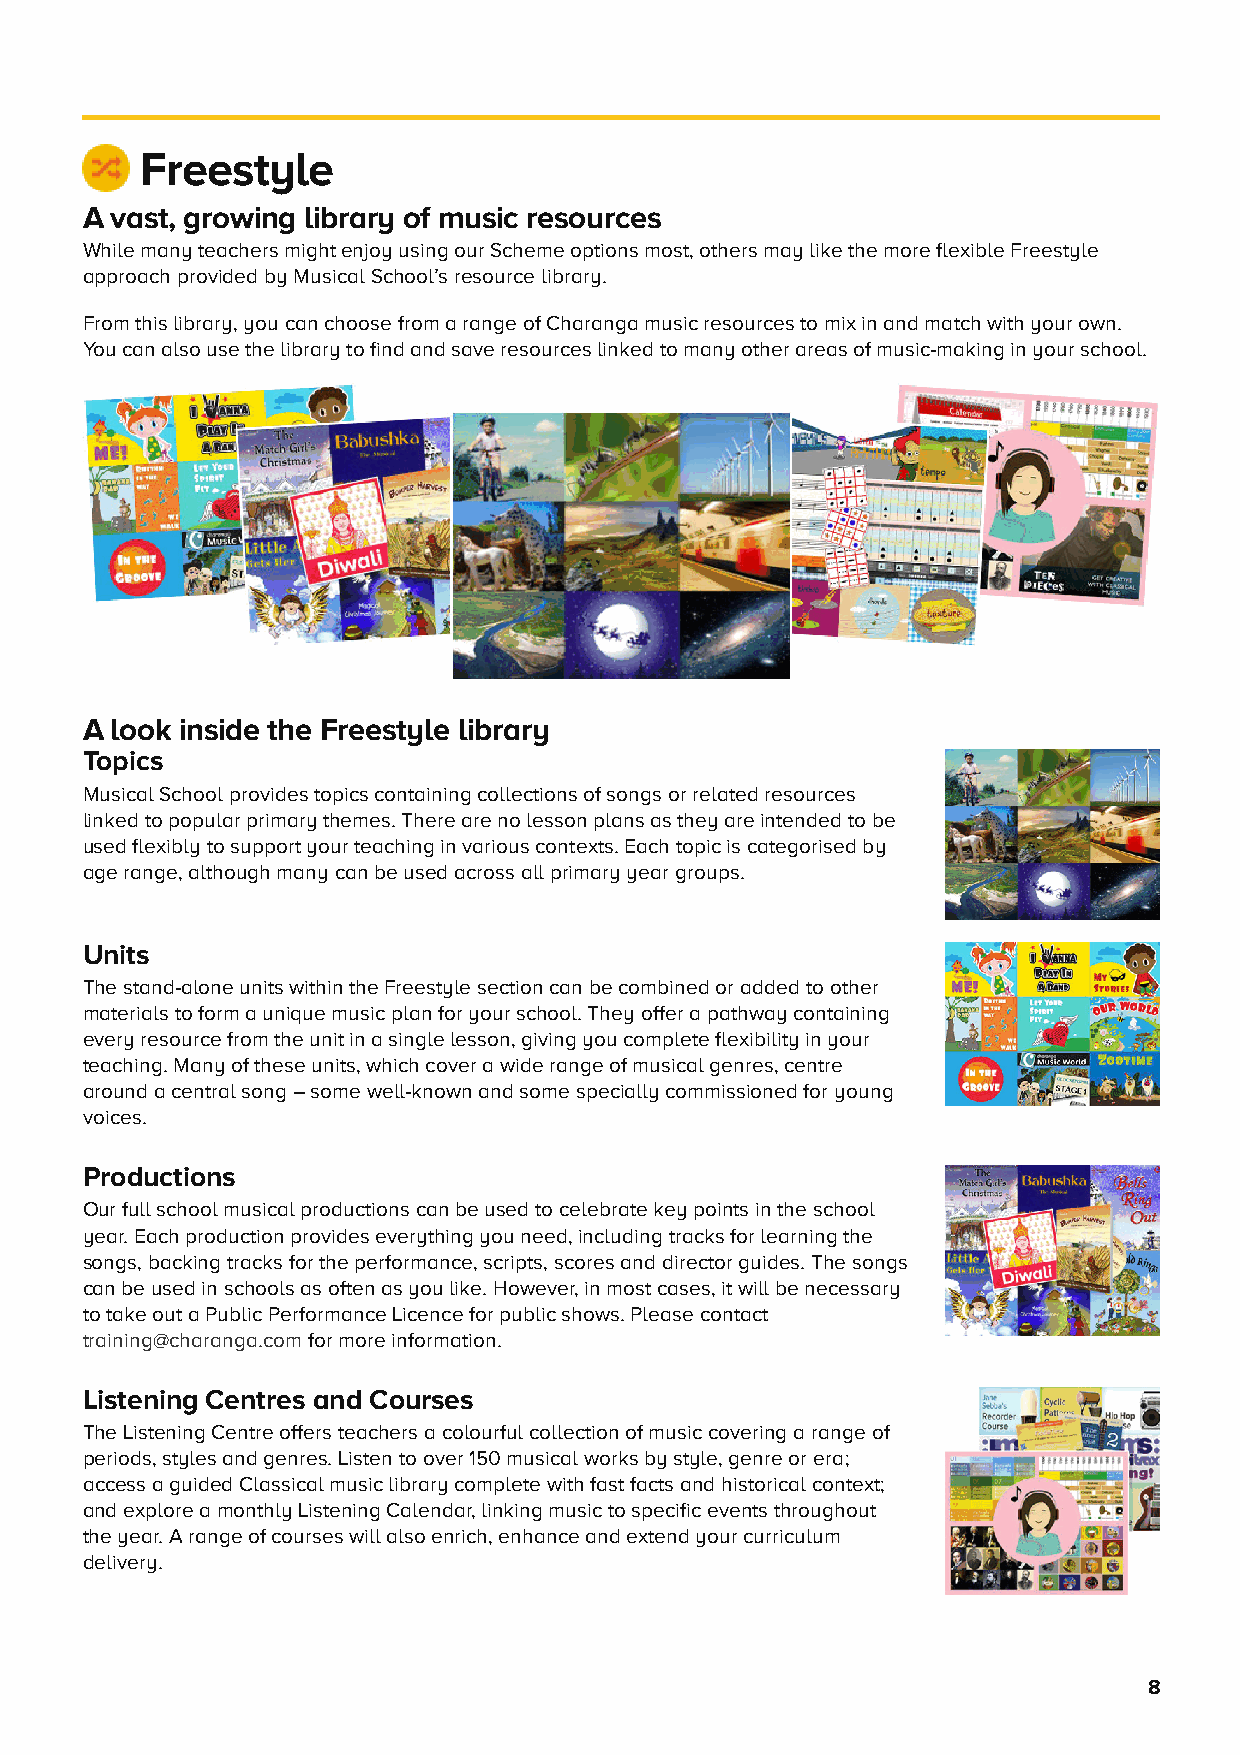
Freestyle
 A vast, growing library of music resources
 While many teachers might enjoy using our Scheme options most, others may like the more flexible Freestyle
 approach provided by Musical School’s resource library.
 From this library, you can choose from a range of Charanga music resources to mix in and match with your own.
 You can also use the library to find and save resources linked to many other areas of music-making in your school.
 A look inside the Freestyle library
 Topics
 Musical School provides topics containing collections of songs or related resources
 linked to popular primary themes. There are no lesson plans as they are intended to be
 used flexibly to support your teaching in various contexts. Each topic is categorised by
 age range, although many can be used across all primary year groups.
 Units
 The stand-alone units within the Freestyle section can be combined or added to other
 materials to form a unique music plan for your school. They offer a pathway containing
 every resource from the unit in a single lesson, giving you complete flexibility in your
 teaching. Many of these units, which cover a wide range of musical genres, centre
 around a central song – some well-known and some specially commissioned for young
 voices.
 Productions
 Our full school musical productions can be used to celebrate key points in the school
 year. Each production provides everything you need, including tracks for learning the
 songs, backing tracks for the performance, scripts, scores and director guides. The songs
 can be used in schools as often as you like. However, in most cases, it will be necessary
 to take out a Public Performance Licence for public shows. Please contact
 training@charanga.com for more information.
 Listening Centres and Courses
 The Listening Centre offers teachers a colourful collection of music covering a range of
 periods, styles and genres. Listen to over 150 musical works by style, genre or era;
 access a guided Classical music library complete with fast facts and historical context;
 and explore a monthly Listening Calendar, linking music to specific events throughout
 the year. A range of courses will also enrich, enhance and extend your curriculum
 delivery.
 8